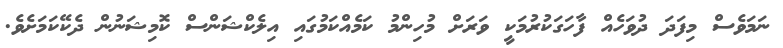
ނަމަވެސް މިފަދަ ދުވަހެއް ފާހަގަކުރުމަކީ ވަރަށް މުހިންމު ކަމެއްކަމުގައި އިލެކްޝަންސް ކޮމިޝަނުން ދެކޭކަމަށެވެ.